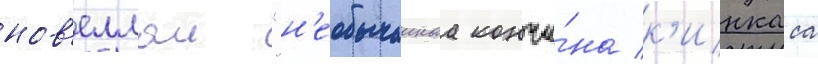
нов'еллои "н'еобычаинаа кончи́на к'инкаса